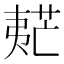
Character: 𡙧